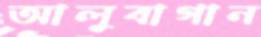
আলুবাগান